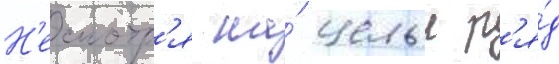
Н'есмотр'я на́ целыи р'я́д